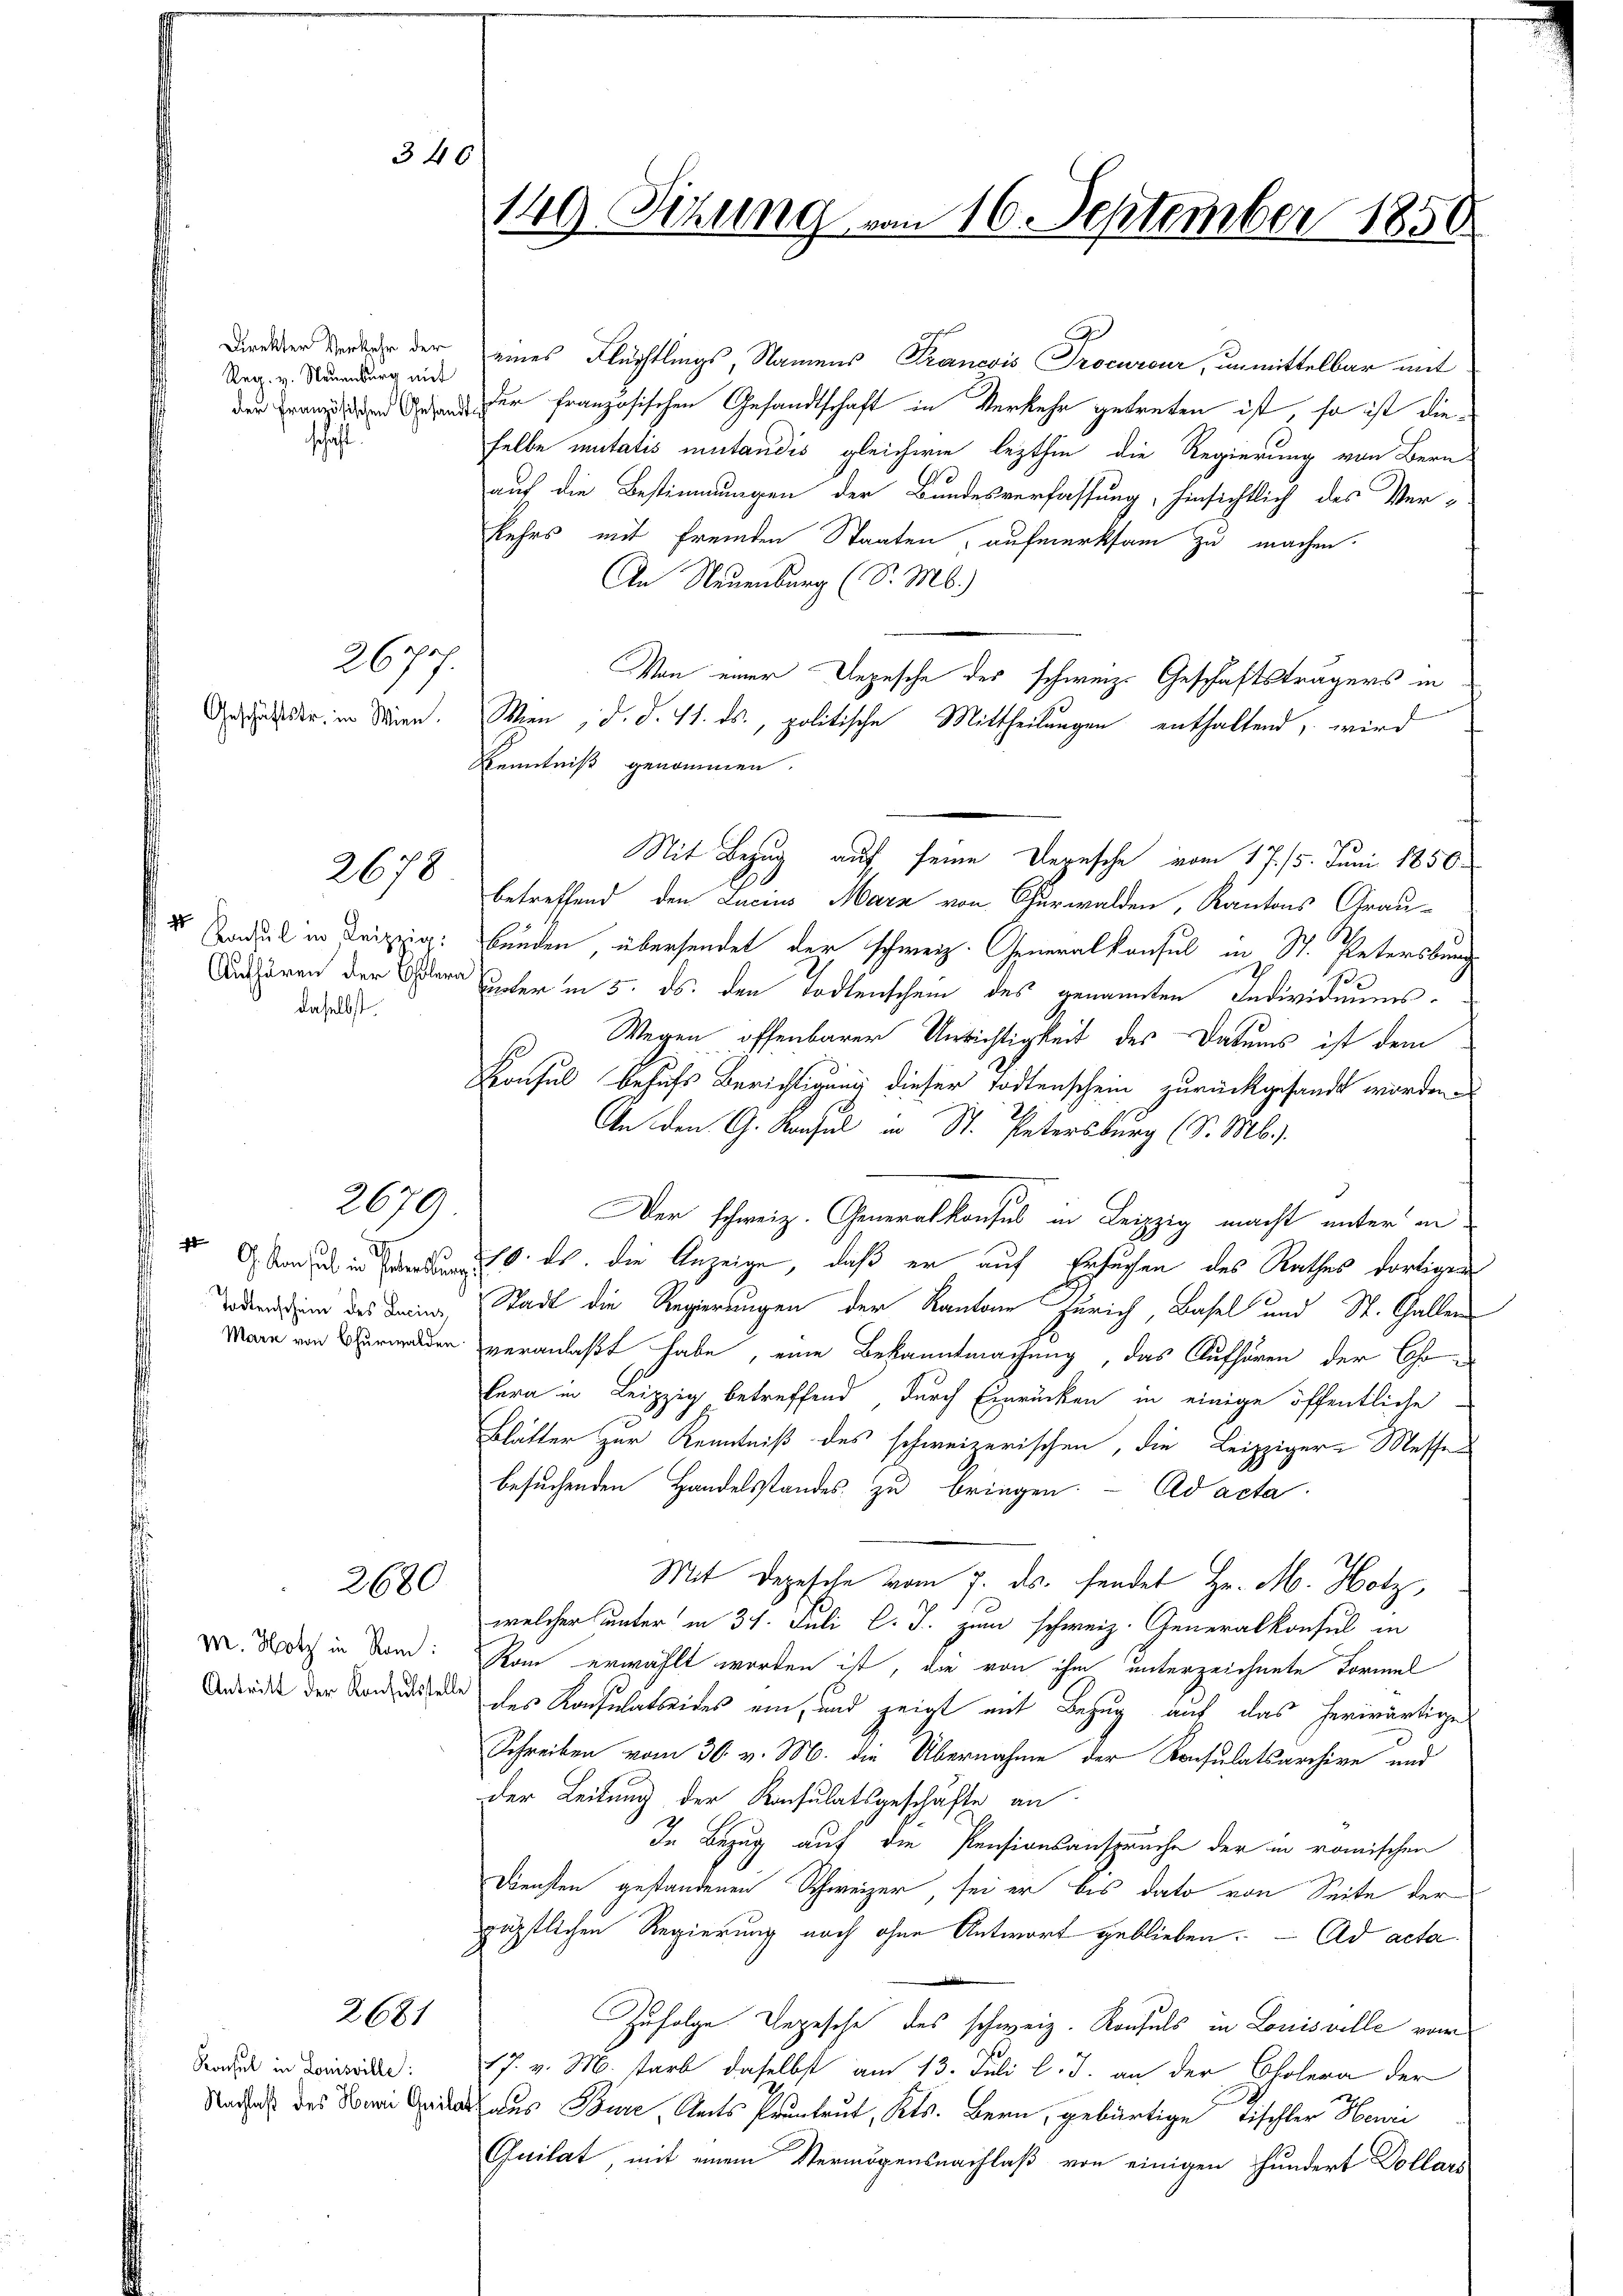
Reg. v. Neuenburg mit
schaft.

2677.

2678

1
daselbst.

2679

t
i
G. Konsul in Petersburg

340

2680

2681

Konsul in Louisville:

Dirner der der eines Flüchtlings, Namens Praneois Procureur, unmittelbar mit
 er französischen Gesandtschaft in Verkehr getreten ist, so ist dieselbe mutatis mutandis gleichwie lezthin die Regierung von Bern
auf die Bestimmungen der Bundesverfassung, hinsichtlich des Ver-
Kehrs mit fremden Staaten, aufmerksam zu machen.
An Neuenburg (S. M.)
Von einer Depesche des schweiz. Geschäftsträgers in
Ander in Wien. Wien, d. d. 11. ds., politische Mittheilungen enthaltend, wird
Kenntniß genommen.
Mit Bezug auf seine Dernsche vom 17. 15. Juni 1850
betreffend den Lacius Marz von Churwalden, Kantons Grau¬
Sorel in Frizzig: Bunden, übersendet der schweiz. Generalkonsul in St. Petersburg
Aufhören der Herr Escher in 5. ds. den Todtenschein des genannten Individuums¬
Wegen offenbarer Unrichtigkeit des Datums ist dem
Konsul behufs Berichtigung dieser Todtenschein zurückgesandt worden.
An den G. Ransel in St. Petersburg (S. Mb.).
Der schweiz. Generalkonses in Leipzig macht unter an¬
20. ds. die Anzeige, daß er auf Ersuchen des Rathes dortigen
dnn des Deine Stadt die Regierungen der Kantone Zürich, Basel und St. Gallen
Marn von Verwalden veranlaßt habe, eine Bekanntmachung, das Aufhören der Chr
lera in Leipzig betreffend durch Einrücken in einige öffentliche
Blätter zur Kenntniß des schweizerischen, die Leipziger Messe
besuchenden Handelsstandes zu bringen. - Ad acta
Mit Depesche vom 7. ds. sendet Hr. M. Hotz
welcher unter in 31. Juli l. J. zum schweiz. Generalkonsul in
M. dich in dem: Kan erwählt worden ist, die von ihm unterzeichnete Formel
Andern der Konsende des Konsulatseides ein, und zeigt mit Bezug auf das herwärtige
Schreiben vom 30. v. M. die Übernahme der Konsulatsarchive und
der Leitung der Konsulatsgeschäfte an
In Bezug auf die Pensionsanspruche der in römischen
Diensten gestandenen Schweizer, sei er bis dato von Seite der
päpstlichen Regierung noch ohne Antwort geblieben. Ad acta
Zufolge Depesche des schweiz. Konsuls in Louisville vor
17. v. M. starb daselbst am 13. Juli l. J. an der Cholera der
Und des die aus Baure, Seits Pruntrut, Kts. Bern, gebürtige Tischler Henri
Quilat, mit einem Vermögensnachlaß von einigen hundert Dollars

149 Sitzung vom 16. September 185